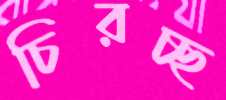
চিরচ্ছ